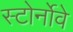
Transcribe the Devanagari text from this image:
स्टोर्नोवे